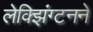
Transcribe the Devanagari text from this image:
लेक्झिंग्टनने